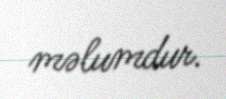
məlumdur.